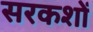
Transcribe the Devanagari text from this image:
सरकशों